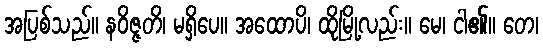
အပြစ်သည်။ နဝိဇ္ဇတိ၊ မရှိပေ။ အထောပိ၊ ထိုမြို့လည်း။ မေ၊ ငါ၏။ တေ၊